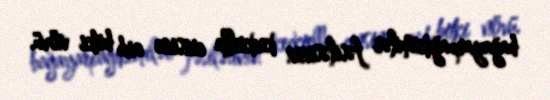
bağayarpağıkimilər fəsiləsinin keckiella cinsinə aid bitki növü.